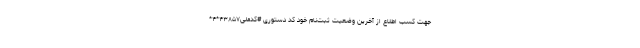
جهت کسب اطلاع از آخرین وضعیت ثبت‌نام خود کد دستوری #کدملی۴۳۸۵۷*۴*